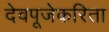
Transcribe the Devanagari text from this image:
देवपूजेकरिता